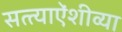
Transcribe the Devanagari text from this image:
सत्त्याऐंशीव्या